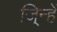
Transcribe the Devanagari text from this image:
जि्न्हें